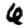
Digit: 6